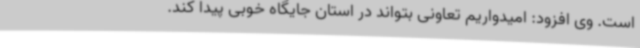
است. وی افزود: امیدواریم تعاونی بتواند در استان جایگاه خوبی پیدا کند.